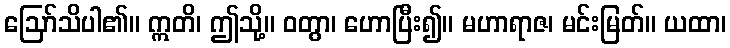
ဩော်သိပါ၏။ ဣတိ၊ ဤသို့။ ဝတွာ၊ ဟောပြီး၍။ မဟာရာဇ၊ မင်းမြတ်။ ယထာ၊